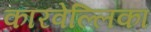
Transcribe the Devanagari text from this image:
कारवेल्लिका